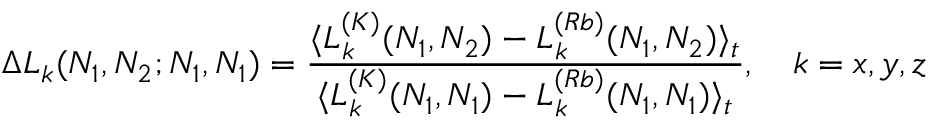
\Delta L _ { k } ( N _ { 1 } , N _ { 2 } ; N _ { 1 } , N _ { 1 } ) = \frac { \langle L _ { k } ^ { ( K ) } ( N _ { 1 } , N _ { 2 } ) - L _ { k } ^ { ( R b ) } ( N _ { 1 } , N _ { 2 } ) \rangle _ { t } } { \langle L _ { k } ^ { ( K ) } ( N _ { 1 } , N _ { 1 } ) - L _ { k } ^ { ( R b ) } ( N _ { 1 } , N _ { 1 } ) \rangle _ { t } } , \quad k = x , y , z